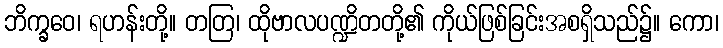
ဘိက္ခဝေ၊ ရဟန်းတို့။ တတြ၊ ထိုဗာလပဏ္ဍိတတို့၏ ကိုယ်ဖြစ်ခြင်းအစရှိသည်၌။ ကော၊